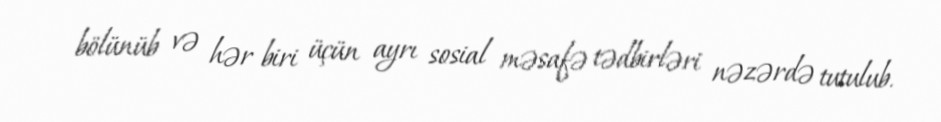
bölünüb və hər biri üçün ayrı sosial məsafə tədbirləri nəzərdə tutulub.